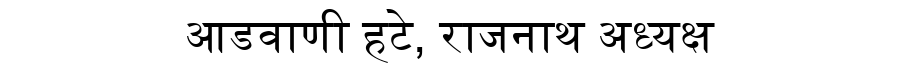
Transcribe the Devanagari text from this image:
आडवाणी हटे, राजनाथ अध्यक्ष